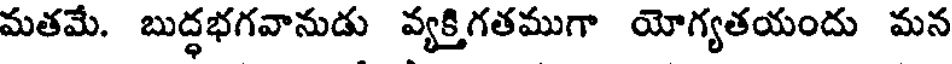
మతమే. బుద్ధభగవానుడు వ్యక్తిగతముగా యోగ్యతయందు మన